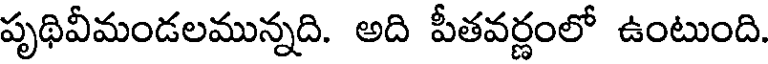
పృథివీమండలమున్నది. అది పీతవర్ణంలో ఉంటుంది.